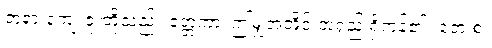
ဘုရားကျေးဇူးတို့သည်။ ဧတ္တကာ၊ ဤမျှအတိုင်းအရှည် ရှိကုန်၏။ တေ စ၊